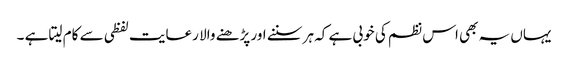
یہاں یہ بھی اس نظم کی خوبی ہے کہ ہر سننے اور پڑھنے والا رعایت لفظی سے کام لیتا ہے ۔